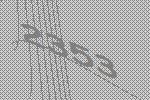
2353